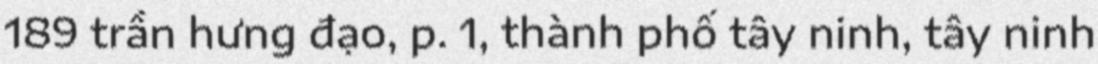
189 trần hưng đạo, p. 1, thành phố tây ninh, tây ninh